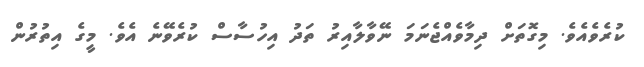
ކުރެވެއެވެ. މިގޮތަށް ދިމާވެއްޖެނަމަ ނޭވާލާއިރު ތަދު އިހުސާސް ކުރެވޭނެ އެވެ. މީގެ އިތުރުން